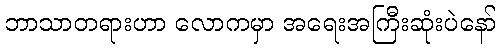
ဘာသာတရားဟာ လောကမှာ အရေးအကြီးဆုံးပဲနော်